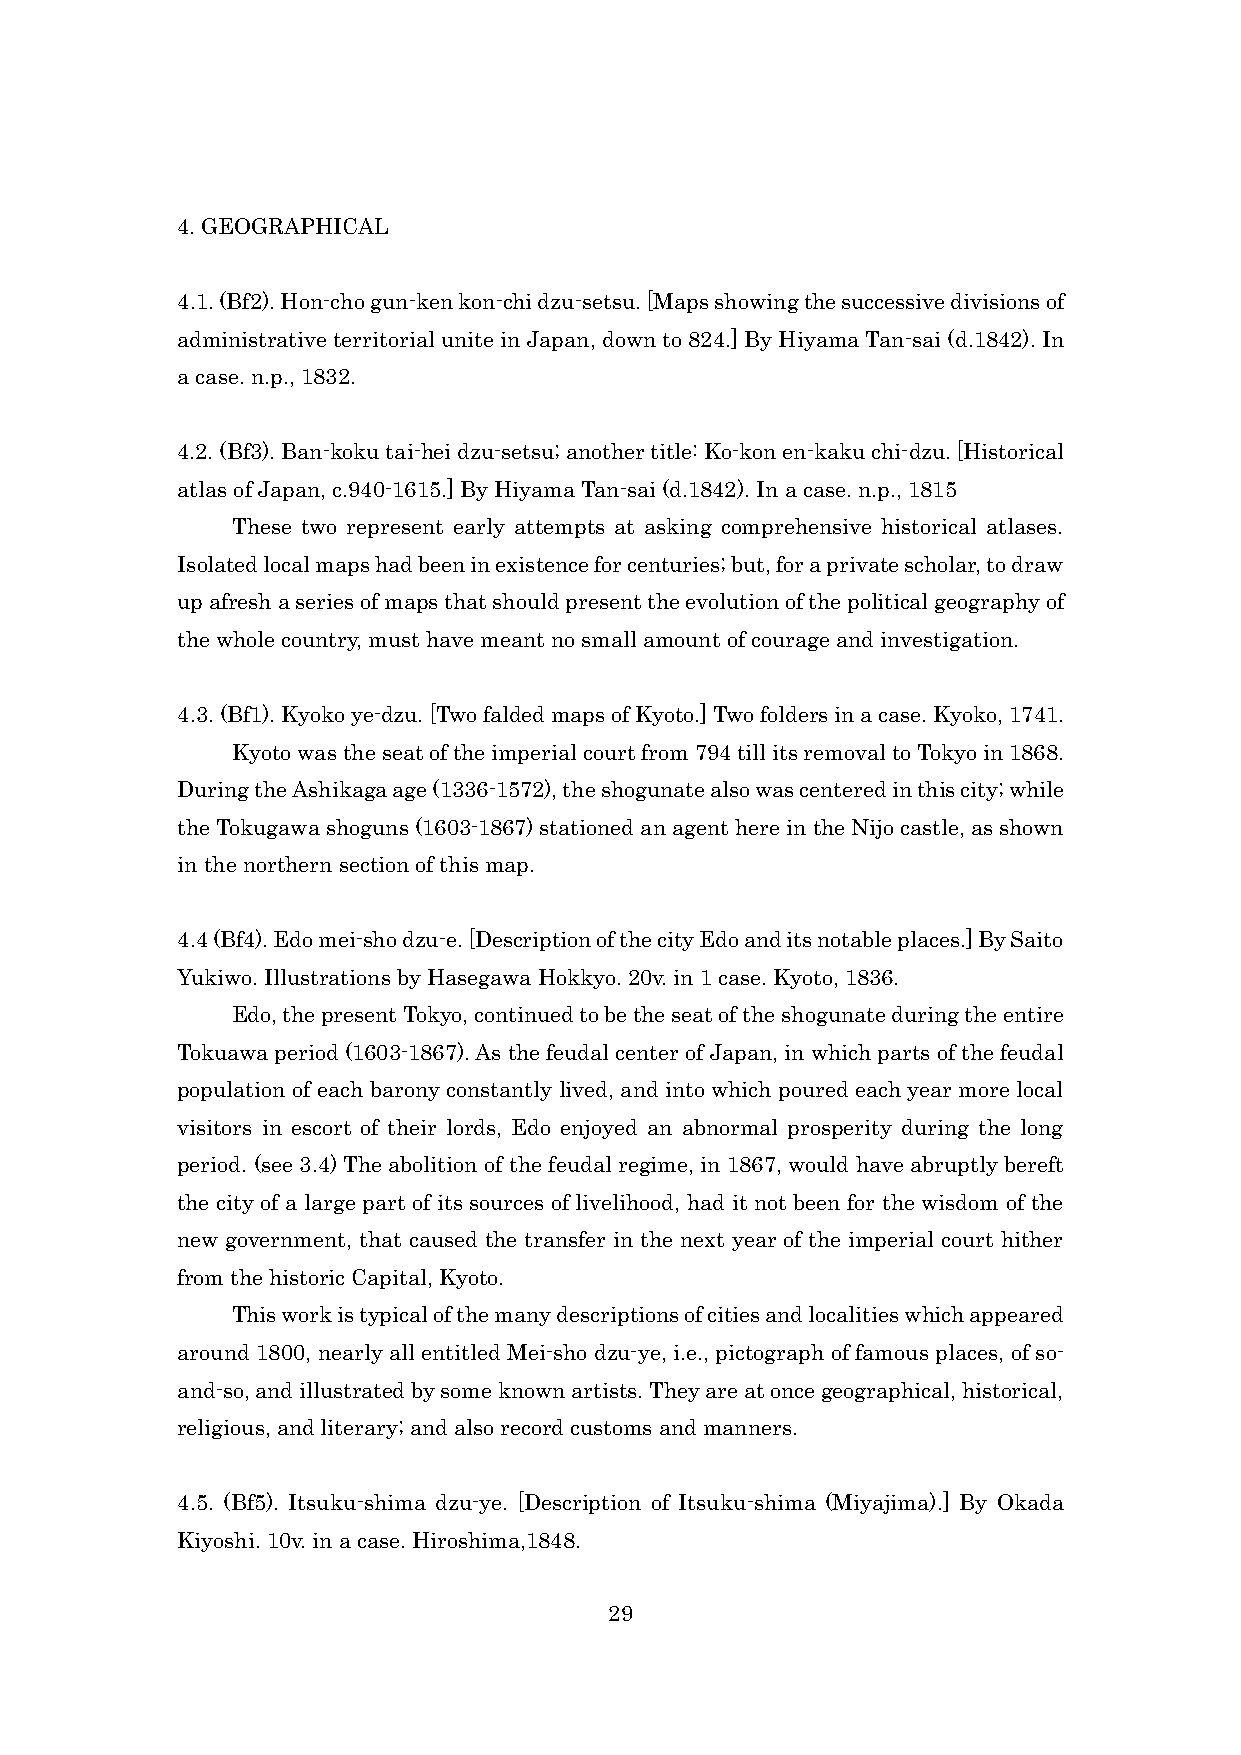
4. GEOGRAPHICAL
 4.1. (Bf2). Hon-cho gun-ken kon-chi dzu-setsu. [Maps showing the successive divisions of
 administrative territorial unite in Japan, down to 824.] By Hiyama Tan-sai (d.1842). In
 a case. n.p., 1832.
 4.2. (Bf3). Ban-koku tai-hei dzu-setsu; another title: Ko-kon en-kaku chi-dzu. [Historical
 atlas of Japan, c.940-1615.] By Hiyama Tan-sai (d.1842). In a case. n.p., 1815
 These two represent early attempts at asking comprehensive historical atlases.
 Isolated local maps had been in existence for centuries; but, for a private scholar, to draw
 up afresh a series of maps that should present the evolution of the political geography of
 the whole country, must have meant no small amount of courage and investigation.
 4.3. (Bf1). Kyoko ye-dzu. [Two falded maps of Kyoto.] Two folders in a case. Kyoko, 1741.
 Kyoto was the seat of the imperial court from 794 till its removal to Tokyo in 1868.
 During the Ashikaga age (1336-1572), the shogunate also was centered in this city; while
 the Tokugawa shoguns (1603-1867) stationed an agent here in the Nijo castle, as shown
 in the northern section of this map.
 4.4 (Bf4). Edo mei-sho dzu-e. [Description of the city Edo and its notable places.] By Saito
 Yukiwo. Illustrations by Hasegawa Hokkyo. 20v. in 1 case. Kyoto, 1836.
 Edo, the present Tokyo, continued to be the seat of the shogunate during the entire
 Tokuawa period (1603-1867). As the feudal center of Japan, in which parts of the feudal
 population of each barony constantly lived, and into which poured each year more local
 visitors in escort of their lords, Edo enjoyed an abnormal prosperity during the long
 period. (see 3.4) The abolition of the feudal regime, in 1867, would have abruptly bereft
 the city of a large part of its sources of livelihood, had it not been for the wisdom of the
 new government, that caused the transfer in the next year of the imperial court hither
 from the historic Capital, Kyoto.
 This work is typical of the many descriptions of cities and localities which appeared
 around 1800, nearly all entitled Mei-sho dzu-ye, i.e., pictograph of famous places, of so-
 and-so, and illustrated by some known artists. They are at once geographical, historical,
 religious, and literary; and also record customs and manners.
 4.5. (Bf5). Itsuku-shima dzu-ye. [Description of Itsuku-shima (Miyajima).] By Okada
 Kiyoshi. 10v. in a case. Hiroshima,1848.
 29